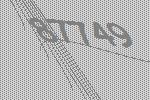
87749